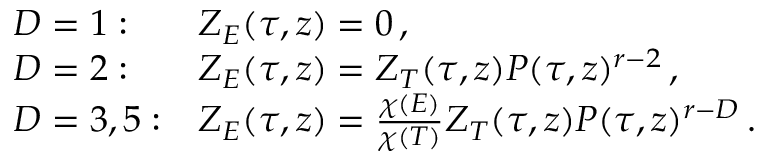
\begin{array} { l l } { { D = 1 : } } & { { Z _ { E } ( \tau , z ) = 0 \, , } } \\ { { D = 2 : } } & { { Z _ { E } ( \tau , z ) = Z _ { T } ( \tau , z ) P ( \tau , z ) ^ { r - 2 } \, , } } \\ { { D = 3 , 5 : } } & { { Z _ { E } ( \tau , z ) = \frac { \chi ( E ) } { \chi ( T ) } Z _ { T } ( \tau , z ) P ( \tau , z ) ^ { r - D } \, . } } \end{array}